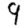
Digit: 9